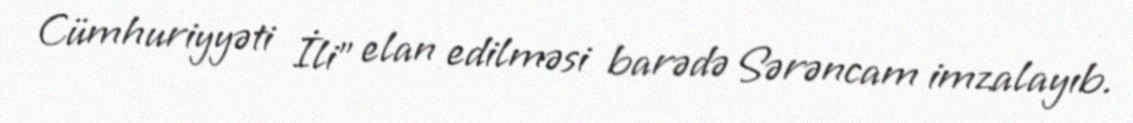
Cümhuriyyəti İli” elan edilməsi barədə Sərəncam imzalayıb.